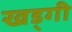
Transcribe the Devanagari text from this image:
खड्गी